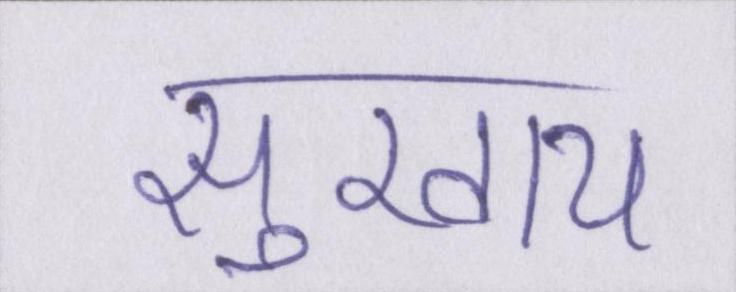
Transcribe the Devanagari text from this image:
सुखाय